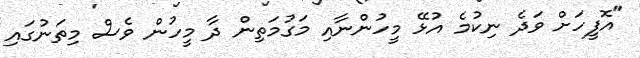
"އޮފީހަށް ވަދެ ނިކުމެ އުޅޭ މީހުންނާއި މަގުމަތިން ދާ މީހުން ވެސް މިތަނުގައި